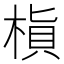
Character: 𬃜